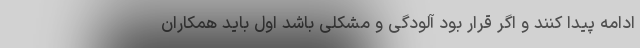
ادامه پیدا کنند و اگر قرار بود آلودگی و مشکلی باشد اول باید همکاران